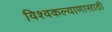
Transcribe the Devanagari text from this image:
विश्वकल्याणासाठी